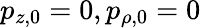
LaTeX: p_{z,0}=0,p_{\rho,0}=0